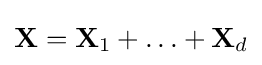
\mathbf {X} =\mathbf {X} _{1}+\ldots +\mathbf {X} _{d}